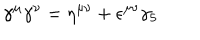
\gamma ^ { \mu } \gamma ^ { \nu } = \eta ^ { \mu \nu } + \epsilon ^ { \mu \nu } \gamma _ { 5 }